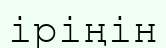
іріңін